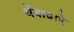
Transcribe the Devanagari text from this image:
थेंबाद्वारे